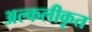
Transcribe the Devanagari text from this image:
अल्कलीकृत